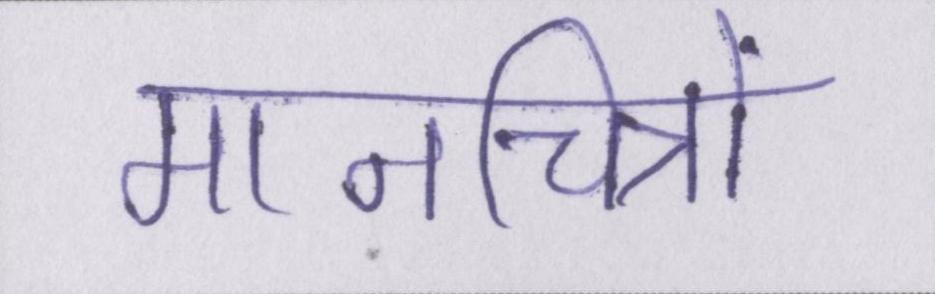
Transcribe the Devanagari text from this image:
मानचित्रों